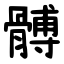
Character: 髆